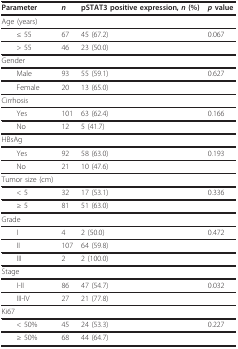
<table><thead><tr><td><b>Parameter</b></td><td><b><i>n</i></b></td><td><b>pSTAT3 positive expression, <i>n </i>(%)</b></td><td><b><i>p </i>value</b></td></tr></thead><tbody><tr><td colspan="4">Age (years)</td></tr><tr><td> ≤ 55</td><td>67</td><td>45 (67.2)</td><td>0.067</td></tr><tr><td> &gt; 55</td><td>46</td><td>23 (50.0)</td><td></td></tr><tr><td colspan="4">Gender</td></tr><tr><td> Male</td><td>93</td><td>55 (59.1)</td><td>0.627</td></tr><tr><td> Female</td><td>20</td><td>13 (65.0)</td><td></td></tr><tr><td>Cirrhosis</td><td></td><td></td><td></td></tr><tr><td> Yes</td><td>101</td><td>63 (62.4)</td><td>0.166</td></tr><tr><td> No</td><td>12</td><td>5 (41.7)</td><td></td></tr><tr><td colspan="4">HBsAg</td></tr><tr><td> Yes</td><td>92</td><td>58 (63.0)</td><td>0.193</td></tr><tr><td> No</td><td>21</td><td>10 (47.6)</td><td></td></tr><tr><td>Tumor size (cm)</td><td></td><td></td><td></td></tr><tr><td> &lt; 5</td><td>32</td><td>17 (53.1)</td><td>0.336</td></tr><tr><td> ≥ 5</td><td>81</td><td>51 (63.0)</td><td></td></tr><tr><td colspan="4">Grade</td></tr><tr><td> I</td><td>4</td><td>2 (50.0)</td><td>0.472</td></tr><tr><td> II</td><td>107</td><td>64 (59.8)</td><td></td></tr><tr><td> III</td><td>2</td><td>2 (100.0)</td><td></td></tr><tr><td>Stage</td><td></td><td></td><td></td></tr><tr><td> I-II</td><td>86</td><td>47 (54.7)</td><td>0.032</td></tr><tr><td> III-IV</td><td>27</td><td>21 (77.8)</td><td></td></tr><tr><td>Ki67</td><td></td><td></td><td></td></tr><tr><td> &lt; 50%</td><td>45</td><td>24 (53.3)</td><td>0.227</td></tr><tr><td> ≥ 50%</td><td>68</td><td>44 (64.7)</td><td></td></tr></tbody></table>